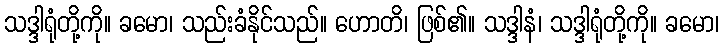
သဒ္ဒါရုံတို့ကို။ ခမော၊ သည်းခံနိုင်သည်။ ဟောတိ၊ ဖြစ်၏။ သဒ္ဒါနံ၊ သဒ္ဒါရုံတို့ကို။ ခမော၊